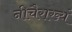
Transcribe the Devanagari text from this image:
नीचैराख्यं